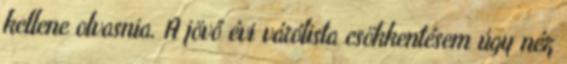
kellene olvasnia. A jövő évi várólista csökkentésem úgy néz